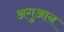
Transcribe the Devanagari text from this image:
अगुआन